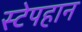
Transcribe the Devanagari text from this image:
स्टेपहान